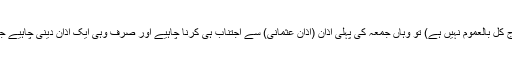
لیکن جہاں ایسی صورت نہیں ہے (جیسا کہ آج کل بالعموم نہیں ہے) تو وہاں جمعہ کی پہلی اذان (اذانِ عثمانی) سے اجتناب ہی کرنا چاہیے اور صرف وہی ایک اذان دینی چاہیے جو آنحضرتe کے زمانے میں ہوا کرتی تھی۔